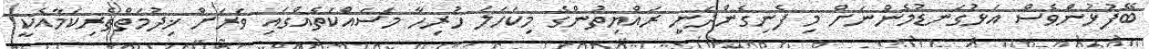
ބޭފުޅުންވެސް އަޅުގަނޑުމެންނަށް މި ފެނިގެންދަނީ ރައްޔިތުންގެ މިކަހަލަ ހުރިހާ މަސައްކަތެއްގައި ވަރަށް ޚިދުމަތްތެރިކަމާއެކީ